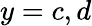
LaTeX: y=c,d